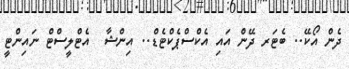
ދެން އޯކޭ.. ބެޓަރ ދޭން އައި އެކްސްޕެކްޓެޑް.. އިންޝާ  އެޓްލީސްޓް ނައިންޓީ